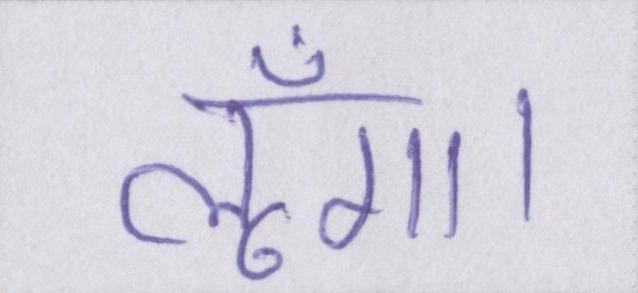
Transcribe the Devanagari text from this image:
लूँगा।